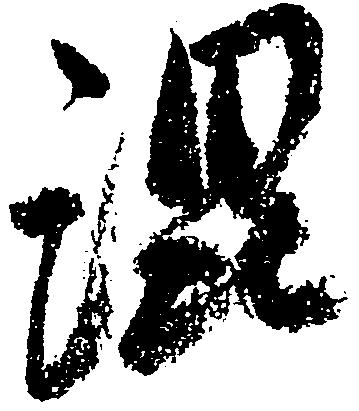
混